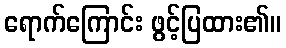
ရောက်ကြောင်း ဖွင့်ပြထား၏။